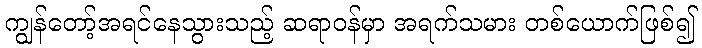
ကျွန်တော့်အရင်နေသွားသည့် ဆရာဝန်မှာ အရက်သမား တစ်ယောက်ဖြစ်၍